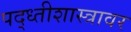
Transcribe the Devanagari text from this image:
पद्ध्तीशास्त्रावर